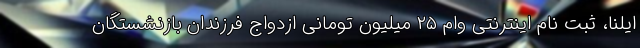
ایلنا، ثبت نام اینترنتی وام ۲۵ میلیون تومانی ازدواج فرزندان بازنشستگان